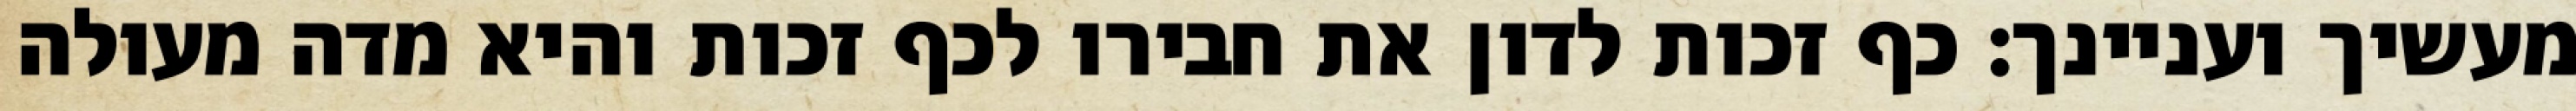
מעשיך ועניינך: כף זכות לדון את חבירו לכף זכות והיא מדה מעולה